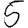
Digit: 5